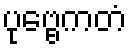
ပုဗ္ဗေကတံ